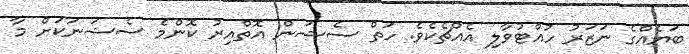
ބަޔެއްގެ ނަޒަރު ހުއްޓުވާލި އެއްޗެކެވެ. ހަތް ސެޝަން އޮތްއިރު ކޮންމެ ސެޝަނަކަށް މާ